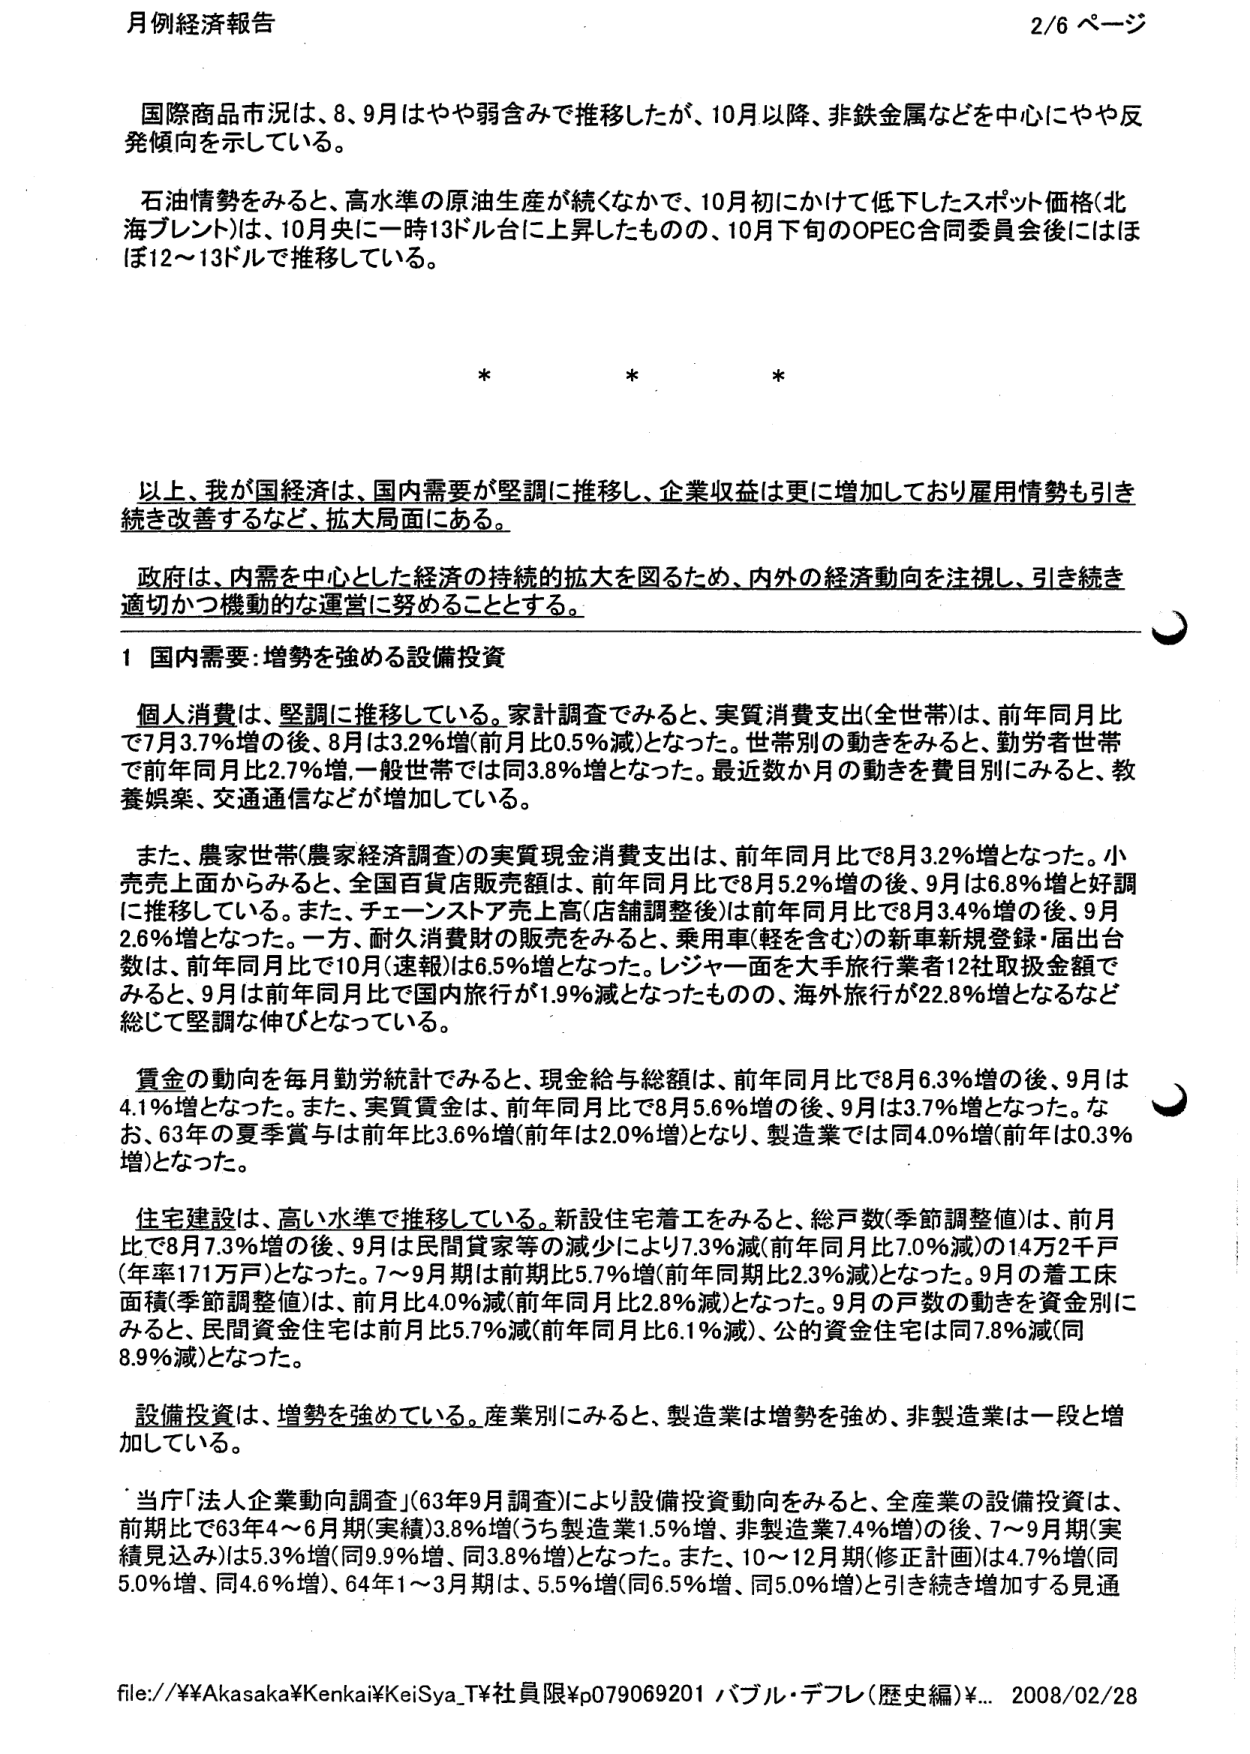
月例経済報告 2/6 ページ

国際商品市況は、8、9月はやや弱含みで推移したが、10月以降、非鉄金属などを中心にやや反発傾向を示している。

石油情勢をみると、高水準の原油生産が続くなかで、10月初にかけて低下したスポット価格（北海ブレント）は、10月央に一時13ドル台に上昇したものの、10月下旬のOPEC合同委員会後にはほぼ12～13ドルで推移している。

* * *

以上、我が国経済は、国内需要が堅調に推移し、企業収益は更に増加しており雇用情勢も引き続き改善するなど、拡大局面にある。

政府は、内需を中心とした経済の持続的拡大を図るため、内外の経済動向を注視し、引き続き適切かつ機動的な運営に努めることとする。

1 国内需要：増勢を強める設備投資

個人消費は、堅調に推移している。家計調査でみると、実質消費支出（全世帯）は、前年同月比で7月3.7％増の後、8月は3.2％増（前月比0.5％減）となった。世帯別の動きをみると、勤労者世帯で前年同月比2.7％増、一般世帯では同3.8％増となった。最近数か月の動きを費目別にみると、教養娯楽、交通通信などが増加している。

また、農家世帯（農家経済調査）の実質現金消費支出は、前年同月比で8月3.2％増となった。小売売上面からみると、全国百貨店販売額は、前年同月比で8月5.2％増の後、9月は6.8％増と好調に推移している。また、チェーンストア売上高（店舗調整後）は前年同月比で8月3.4％増の後、9月2.6％増となった。一方、耐久消費財の販売をみると、乗用車（軽を含む）の新車新規登録・届出台数は、前年同月比で10月（速報）は6.5％増となった。レジャー面を大手旅行業者12社取扱金額でみると、9月は前年同月比で国内旅行が1.9％減となったものの、海外旅行が22.8％増となるなど総じて堅調に伸びとなっている。

賃金の動向を毎月勤労統計でみると、現金給与総額は、前年同月比で8月6.3％増の後、9月は4.1％増となった。また、実質賃金は、前年同月比で8月5.6％増の後、9月は3.7％増となった。なお、63年の夏季賞与は前年比3.6％増（前年は2.0％増）となり、製造業では同4.0％増（前年は0.3％増）となった。

住宅建設は、高い水準で推移している。新設住宅着工をみると、総戸数（季節調整値）は、前月比で8月7.3％増の後、9月は民間貸家等の減少により7.3％減（前年同月比7.0％減）の14万2千戸（年率171万戸）となった。7～9月期は前期比5.7％増（前年同期比2.3％減）となった。9月の着工床面積（季節調整値）は、前月比4.0％減（前年同月比2.8％減）となった。9月の戸数の動きを資金別にみると、民間資金住宅は前月比5.7％減（前年同月比6.1％減）、公的資金住宅は同7.8％減（同8.9％減）となった。

設備投資は、増勢を強めている。産業別にみると、製造業は増勢を強め、非製造業は一段と増加している。

当庁「法人企業動向調査」（63年9月調査）により設備投資動向をみると、全産業の設備投資は、前期比では63年4～6月期（実績）3.8％増（うち製造業1.5％増、非製造業7.4％増）の後、7～9月期（実績見込み）は5.3％増（同9.9％増、同3.8％増）となった。また、10～12月期（修正計画）は4.7％増（同5.0％増、同4.6％増）、64年1～3月期は、5.5％増（同6.5％増、同5.0％増）と引き続き増加する見通

file://¥Akasaka¥Kenkai¥KeiSya_T¥社員限¥p079069201 バブル・デフレ（歴史編）¥... 2008/02/28